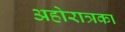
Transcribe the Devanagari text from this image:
अहोरात्रका